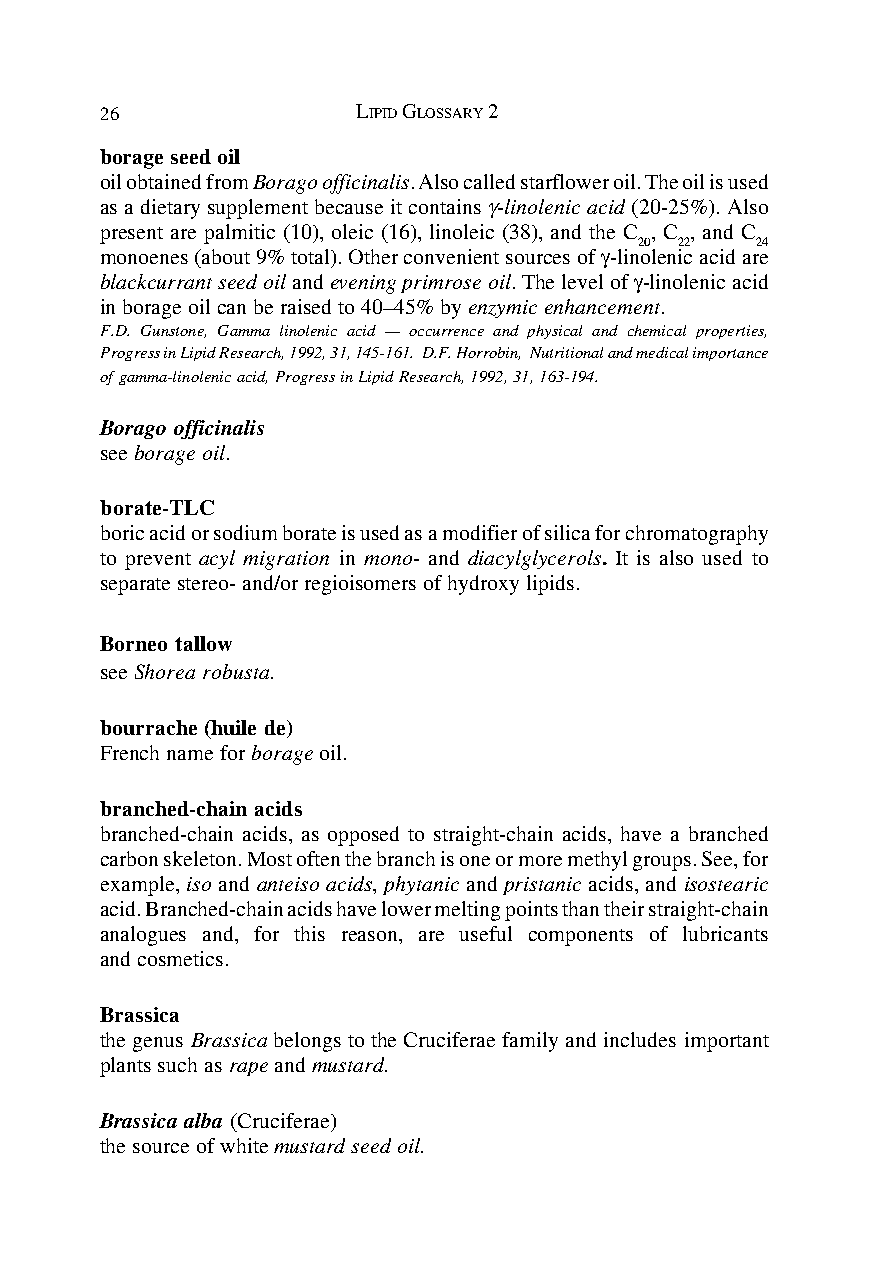
26               LIPID GLOSSARY 2
 borage seed oil
 oil obtained from Borago officinalis. Also called starflower oil. The oil is used
 as a dietary supplement because it contains γ-linolenic acid (20-25%). Also
 present are palmitic (10), oleic (16), linoleic (38), and the C , C , and C
 20 22   24
 monoenes (about 9% total). Other convenient sources of γ-linolenic acid are
 blackcurrant seed oil and evening primrose oil. The level of γ-linolenic acid
 in borage oil can be raised to 40–45% by enzymic enhancement.
 F.D. Gunstone, Gamma linolenic acid — occurrence and physical and chemical properties,
 Progress in Lipid Research, 1992, 31, 145-161. D.F. Horrobin, Nutritional and medical importance
 of gamma-linolenic acid, Progress in Lipid Research, 1992, 31, 163-194.
 Borago officinalis
 see borage oil.
 borate-TLC
 boric acid or sodium borate is used as a modifier of silica for chromatography
 to prevent acyl migration in mono- and diacylglycerols. It is also used to
 separate stereo- and/or regioisomers of hydroxy lipids.
 Borneo tallow
 see Shorea robusta.
 bourrache (huile de)
 French name for borage oil.
 branched-chain acids
 branched-chain acids, as opposed to straight-chain acids, have a branched
 carbon skeleton. Most often the branch is one or more methyl groups. See, for
 example, iso and anteiso acids, phytanic and pristanic acids, and isostearic
 acid. Branched-chain acids have lower melting points than their straight-chain
 analogues and, for this reason, are useful components of lubricants
 and cosmetics.
 Brassica
 the genus Brassica belongs to the Cruciferae family and includes important
 plants such as rape and mustard.
 Brassica alba (Cruciferae)
 the source of white mustard seed oil.